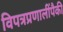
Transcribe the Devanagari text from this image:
विपत्रप्रणालींपैकी